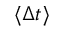
\langle \Delta t \rangle